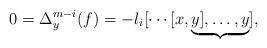
LaTeX: \begin{align*}0=\Delta_y^{m-i}(f)=-\l_i[\cdots[x,\underbrace{y],\ldots,y}_{}],\end{align*}